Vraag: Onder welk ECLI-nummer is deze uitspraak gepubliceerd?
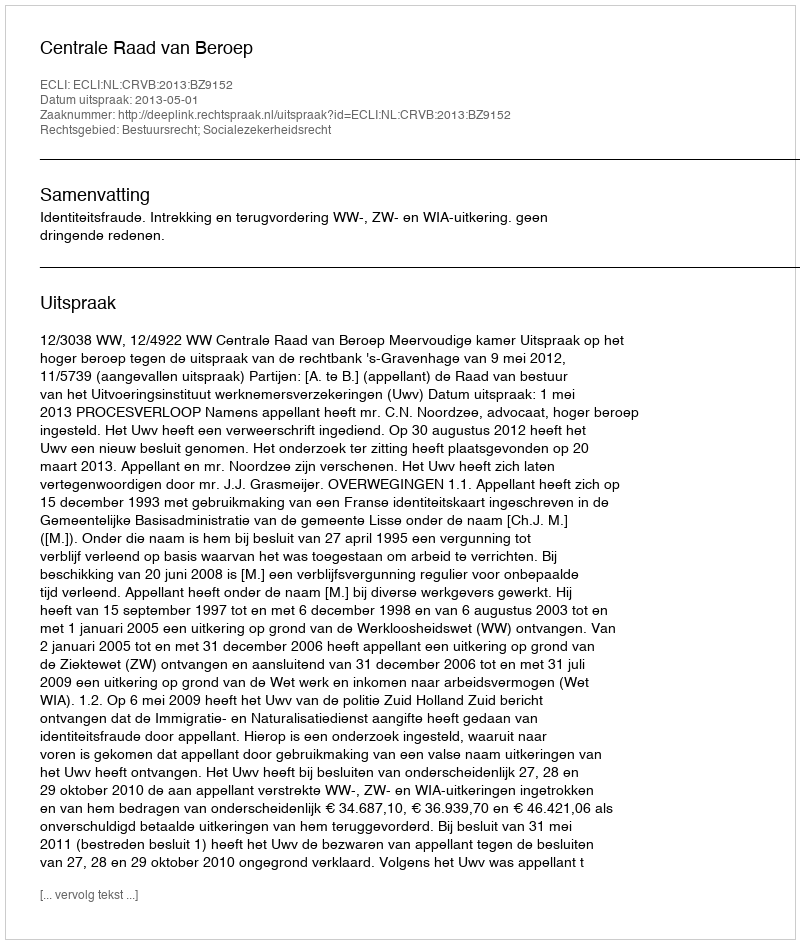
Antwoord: ECLI:NL:CRVB:2013:BZ9152